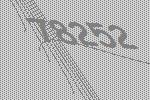
78252